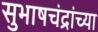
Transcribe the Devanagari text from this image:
सुभाषचंद्रांच्या